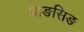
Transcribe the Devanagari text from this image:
वाङसिङ